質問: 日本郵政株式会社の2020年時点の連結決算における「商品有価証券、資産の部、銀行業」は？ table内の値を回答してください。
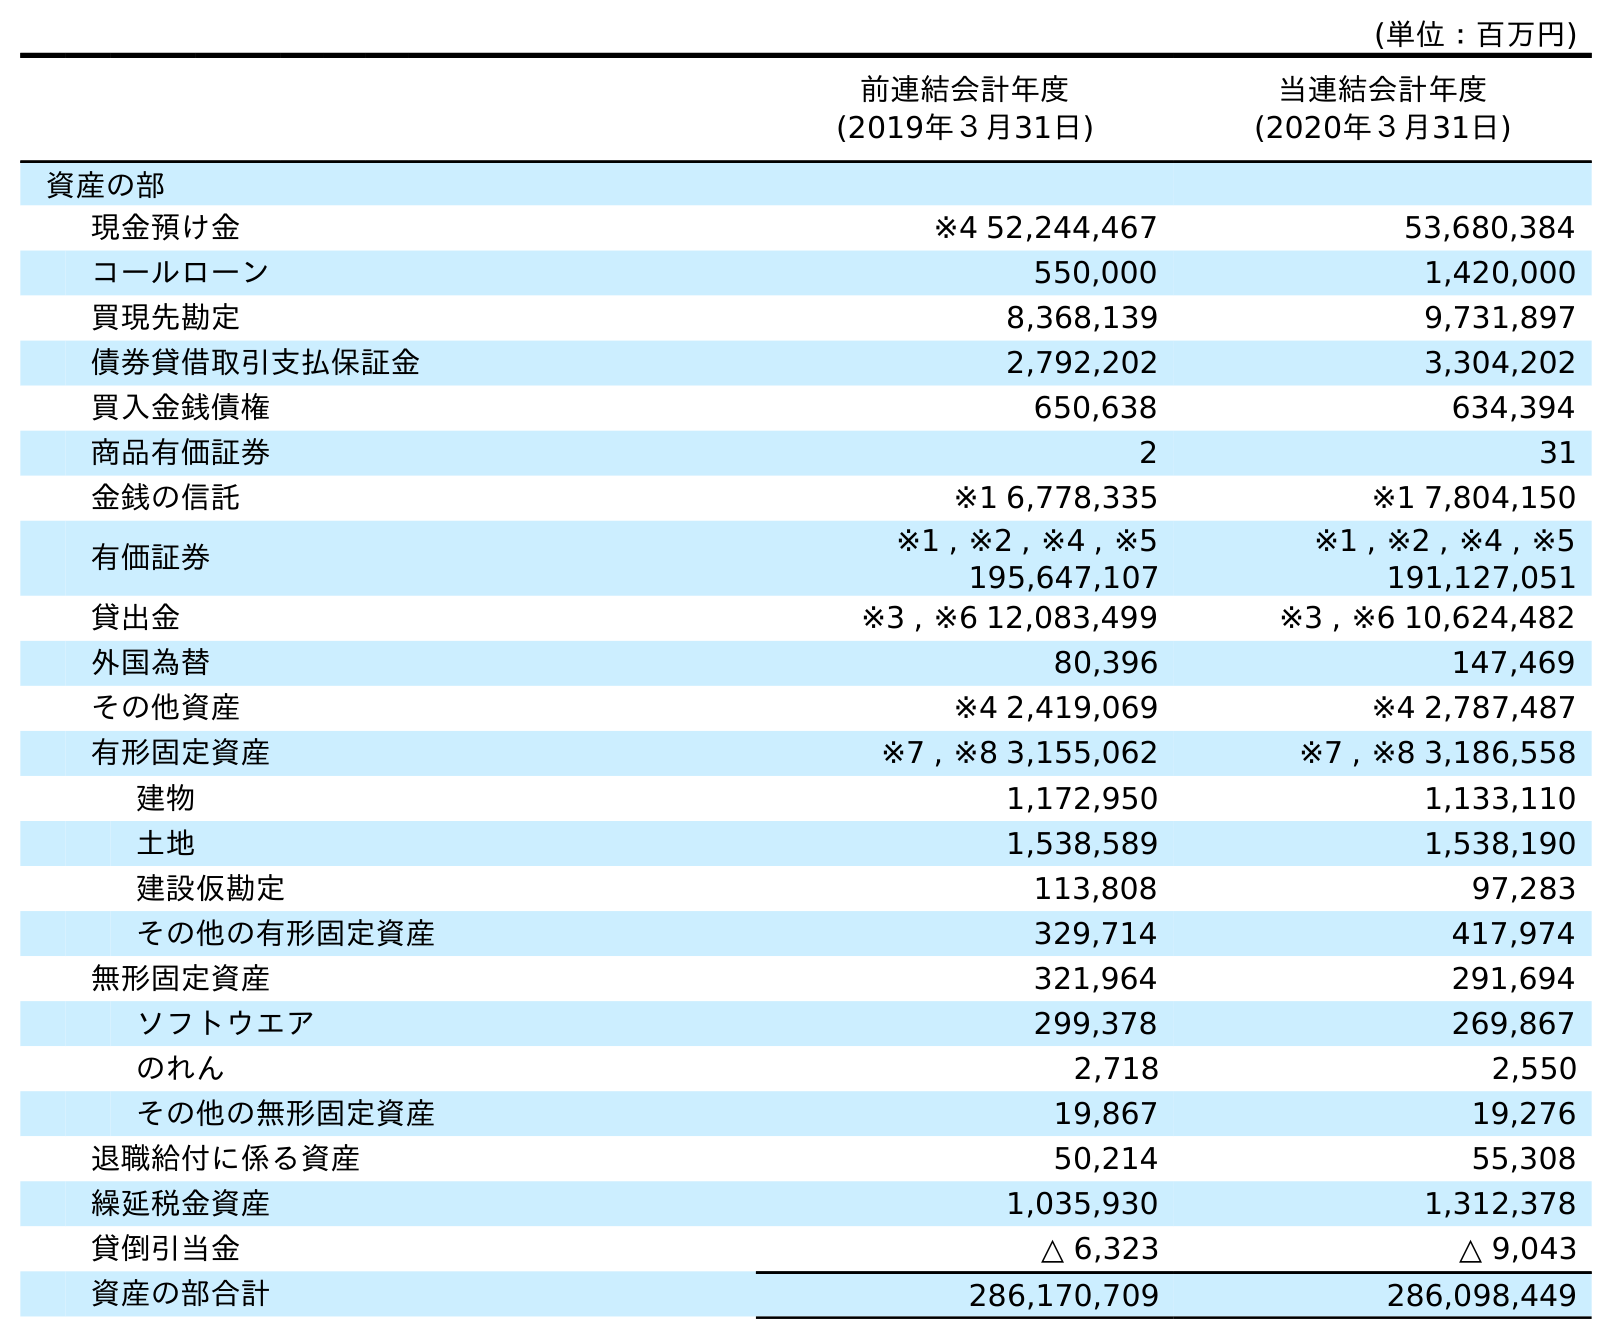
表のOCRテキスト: (単位：百万円) 前連結会計年度 (2019年３月31日) 当連結会計年度 (2020年３月31日) 資産の部 現金預け金 ※4 52,244,467 53,680,384 コールローン 550,000 1,420,000 買現先勘定 8,368,139 9,731,897 債券貸借取引支払保証金 2,792,202 3,304,202 買入金銭債権 650,638 634,394 商品有価証券 2 31 金銭の信託 ※1 6,778,335 ※1 7,804,150 有価証券 ※1 , ※2 , ※4 , ※5 195,647,107 ※1 , ※2 , ※4 , ※5 191,127,051 貸出金 ※3 , ※6 12,083,499 ※3 , ※6 10,624,482 外国為替 80,396 147,469 その他資産 ※4 2,419,069 ※4 2,787,487 有形固定資産 ※7 , ※8 3,155,062 ※7 , ※8 3,186,558 建物 1,172,950 1,133,110 土地 1,538,589 1,538,190 建設仮勘定 113,808 97,283 その他の有形固定資産 329,714 417,974 無形固定資産 321,964 291,694 ソフトウエア 299,378 269,867 のれん 2,718 2,550 その他の無形固定資産 19,867 19,276 退職給付に係る資産 50,214 55,308 繰延税金資産 1,035,930 1,312,378 貸倒引当金 △ 6,323 △ 9,043 資産の部合計 286,170,709 286,098,449
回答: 31